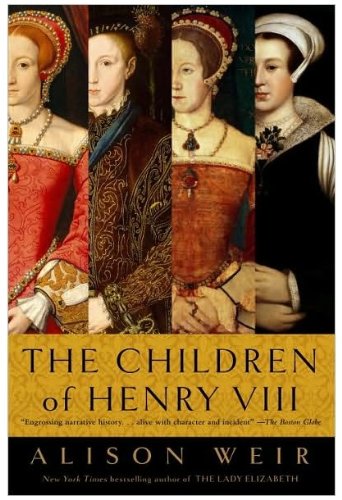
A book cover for The Children of Henry VIII; Alison Weir; Biographies & Memoirs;